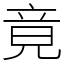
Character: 竟